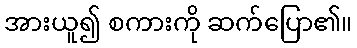
အားယူ၍ စကားကို ဆက်ပြော၏။